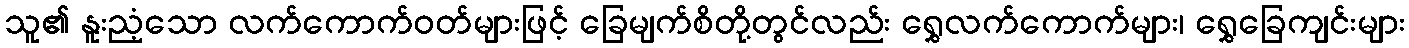
သူ၏ နူးညံ့သော လက်ကောက်ဝတ်များဖြင့် ခြေမျက်စိတို့တွင်လည်း ရွှေလက်ကောက်များ၊ ရွှေခြေကျင်းများ